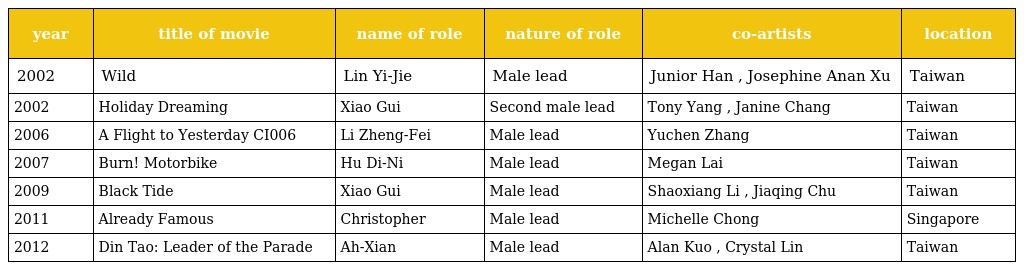
| year | title of movie | name of role | nature of role | co-artists | location |
 | --- | --- | --- | --- | --- | --- |
 | 2002 | Wild 《狂放》 | Lin Yi-Jie 林益捷 | Male lead | Junior Han , Josephine Anan Xu | Taiwan |
 | 2002 | Holiday Dreaming 《夢遊夏威夷》 | Xiao Gui 小鬼 | Second male lead | Tony Yang , Janine Chang | Taiwan |
 | 2006 | A Flight to Yesterday 《飛往昨天的CI006》 | Li Zheng-Fei 李正非 | Male lead | Yuchen Zhang | Taiwan |
 | 2007 | Burn! Motorbike 《燃燒吧！機車》 | Hu Di-Ni 胡迪尼 | Male lead | Megan Lai | Taiwan |
 | 2009 | Black Tide 《黑潮》 | Xiao Gui 小鬼 | Male lead | Shaoxiang Li , Jiaqing Chu | Taiwan |
 | 2011 | Already Famous 《一泡而紅》 | Christopher 阿盛 | Male lead | Michelle Chong | Singapore |
 | 2012 | Din Tao: Leader of the Parade 《 陣頭 》 | Ah-Xian 阿賢 | Male lead | Alan Kuo , Crystal Lin | Taiwan |